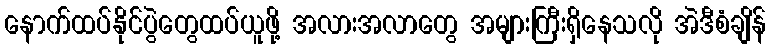
နောက်ထပ်နိုင်ပွဲတွေထပ်ယူဖို့ အလားအလာတွေ အများကြီးရှိနေသလို အဲဒီစံချိန်